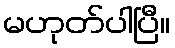
မဟုတ်ပါပြီ။